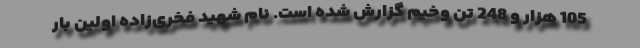
105 هزار و 248 تن وخیم گزارش شده است. نام شهید فخری‌زاده اولین بار